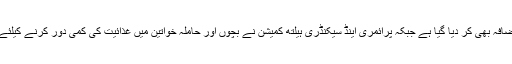
تربیت یافتہ برتھ اٹینڈنٹ میں 78%تک اضافہ بھی کر دیا گیا ہے جبکہ پرائمری اینڈ سیکنڈری ہیلتھ کمیشن نے بچوں اور حاملہ خواتین میں غذائیت کی کمی دور کرنے کیلئے خصوصی پروگرام کا بھی آغاز کیا ہے ۔